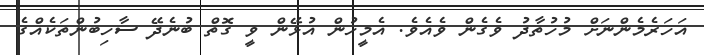
އަހަރެމެންނަށް މުހުތާދު ވެގެން ވެއެވެ. އެމީހުން އުޅޭން ވީ ގޮތް ބުނެދޭ ސާހިބުންތަކެއްގެ